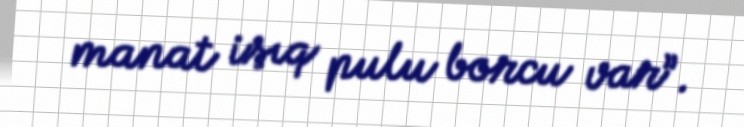
manat işıq pulu borcu var”.